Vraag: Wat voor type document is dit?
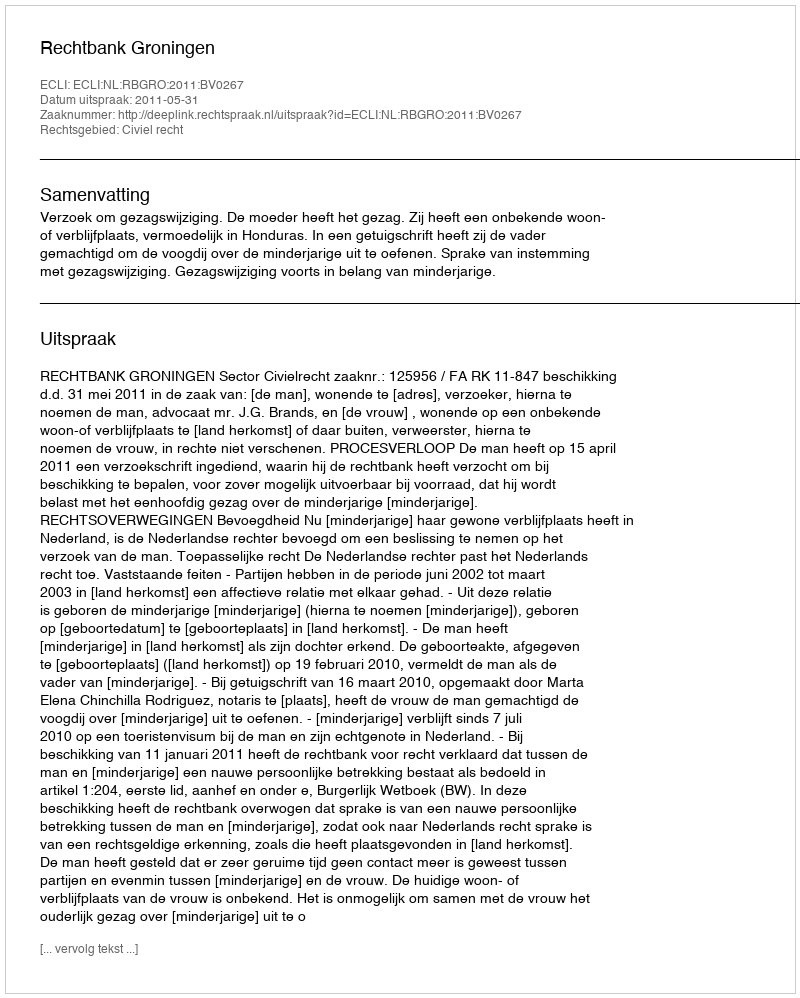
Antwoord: Uitspraak